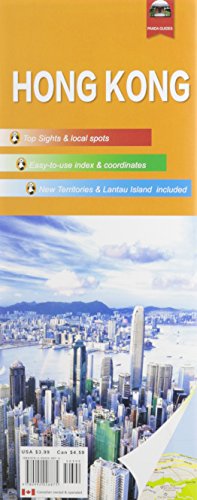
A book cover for Hong Kong Travel Map (Panda Guides); Laiyong Yan; Travel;